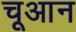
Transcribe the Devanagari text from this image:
चूआन